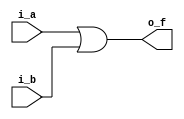



module or2_gate_v
  (input i_a, i_b,
   output o_f);
   
  assign o_f = i_a | i_b;
  
  endmodule